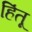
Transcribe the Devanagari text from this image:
हिंतू